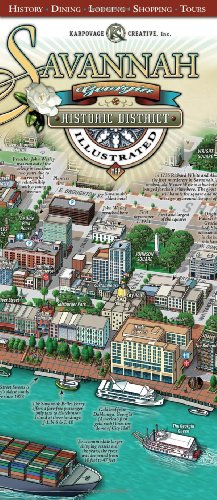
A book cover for Savannah Historic District Illustrated Map; Michael Karpovage; Travel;